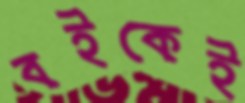
বইকেই